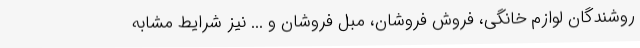
روشندگان لوازم خانگی، فروش فروشان، مبل فروشان و ... نیز شرایط مشابه